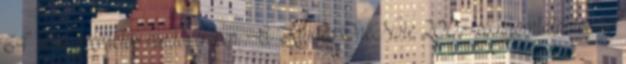
64 bites operációs rendszereken. A Küldés OneNote 2007-es nyomtatóillesztő